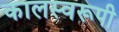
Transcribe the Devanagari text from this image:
कालस्वरूपी